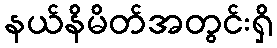
နယ်နိမိတ်အတွင်းရှိ